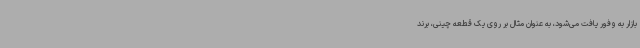
بازار به وفور یافت می‌شود، به عنوان مثال بر روی یک قطعه چینی، برند